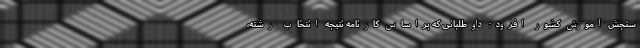
سنجش آموزش کشور افزود: داوطلبانی که براساس کارنامه نتیجه انتخاب رشته،